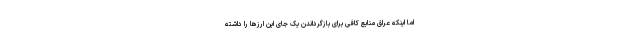
اما اینکه عراق منابع کافی برای بازگرداندن یک جای این ارزها را داشته